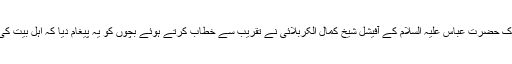
اس کے بعد تقریب سے بالترتیب ڈائریکٹر جنرل آف ایجوکیشن ساعت غدیر اور روضہ مبارک حضرت عباس علیہ السلام کے آفیشل شیخ کمال الکربلائی نے تقریب سے خطاب کرتے ہوئے بچوں کو یہ پیغام دیا کہ اہل بیت کی تعلیمات اور فکر پر عمل پیرا ہوکر ہی عصر حاضر کے چیلنجز کا مقابلہ کیا جا سکتا ہے۔